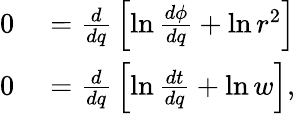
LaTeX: \begin{array}{rl}{0}&{{}={\frac{d}{dq}}\left[\ln{\frac{d\phi}{dq}}+\ln r^{2}\right]}\\ {0}&{{}={\frac{d}{dq}}\left[\ln{\frac{dt}{dq}}+\ln w\right],}\end{array}